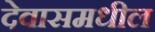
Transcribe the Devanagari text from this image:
देवासमधील